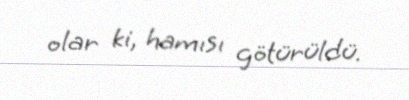
olar ki, hamısı götürüldü.